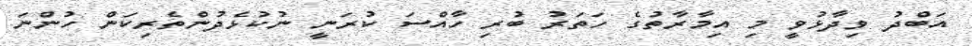
އަބްދު ވިދާޅުވީ މި އިމާރާތުގެ ހަތަރު ބުރި ހާއްސަ ކުރަނީ ނުކުޅެދުންތެރިކަން ހުންނަ